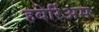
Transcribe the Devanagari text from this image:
हबेर्रिअम